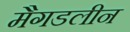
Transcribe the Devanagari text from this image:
मैगडलीन